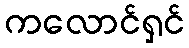
ကလောင်ရှင်